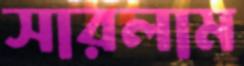
সারলাম